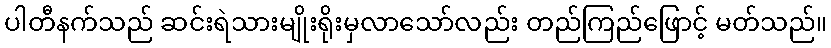
ပါတီနက်သည် ဆင်းရဲသားမျိုးရိုးမှလာသော်လည်း တည်ကြည်ဖြောင့် မတ်သည်။